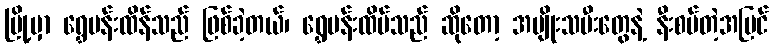
မြို့မှာ ရွှေပန်းထိန်သည် ဖြစ်ခဲ့တယ်၊ ရွှေပန်းထိမ်သည် ဆိုတော့ အမျိုးသမီးတွေနဲ့ နီးစပ်တဲ့အပြင်